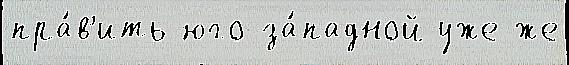
пра́в'ить юго-за́падной уже же